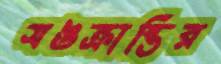
সঙক্রান্তির